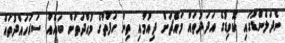
ނެދަލެންޑުގައި ކޮވިޑުގެ އަދަދުތައް މައްޗަށް ދިއުމާއި ތިން ހަފުތާގެ މުއްދަތަށް ބައެއް ސަރަހައްދުތައް